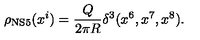
\rho _ { \mathrm { N S 5 } } ( x ^ { i } ) = \frac { Q } { 2 \pi R } \delta ^ { 3 } ( x ^ { 6 } , x ^ { 7 } , x ^ { 8 } ) .